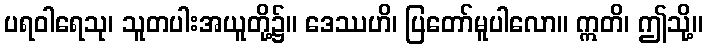
ပရဝါရေသု၊ သူတပါးအယူတို့၌။ ဒေဿဟိ၊ ပြတော်မူပါလော။ ဣတိ၊ ဤသို့။